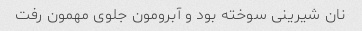
نان شیرینی سوخته بود و آبرومون جلوی مهمون رفت